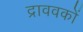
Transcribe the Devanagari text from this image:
द्राववकों